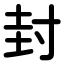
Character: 封